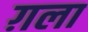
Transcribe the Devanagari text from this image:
ग़ला